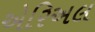
એરિઅલ